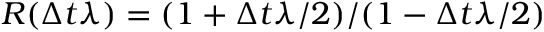
R ( \Delta t \lambda ) = ( 1 + \Delta t \lambda / 2 ) / ( 1 - \Delta t \lambda / 2 )